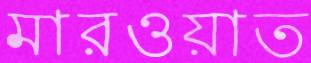
মারওয়াত